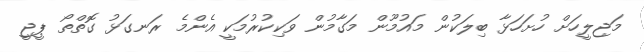
މަޖިލީހަށް ހުށަހަޅާ ބިލަކުން މައުމޫން މަގާމުން ވަކިކުރުމަކީ އެންމެ ރަނގަޅު ގޮތްތޯ ޕީޖީ